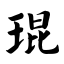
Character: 琨